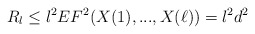
\begin{align*}R_l\leq l^2 EF^2(X(1),...,X(\ell))=l^2d^2\end{align*}